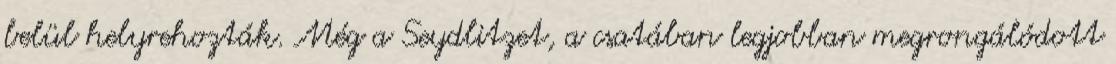
belül helyrehozták. Még a Seydlitzet, a csatában legjobban megrongálódott